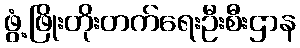
ဖွံ့ဖြိုးတိုးတက်ရေးဦးစီးဌာန